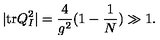
\vert \mathrm { t r } Q _ { I } ^ { 2 } \vert = \frac { 4 } { g ^ { 2 } } ( 1 - \frac { 1 } { N } ) \gg 1 .